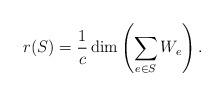
LaTeX: \begin{align*}r(S) = \frac{1}{c}\dim\left(\sum_{e\in S}W_{e}\right).\end{align*}